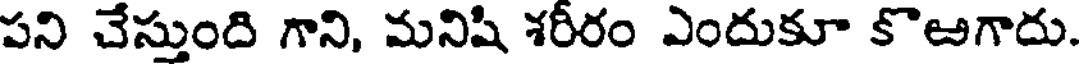
పని చేస్తుంది గాని, మనిషి శరీరం ఎందుకూ కొఱగాదు.